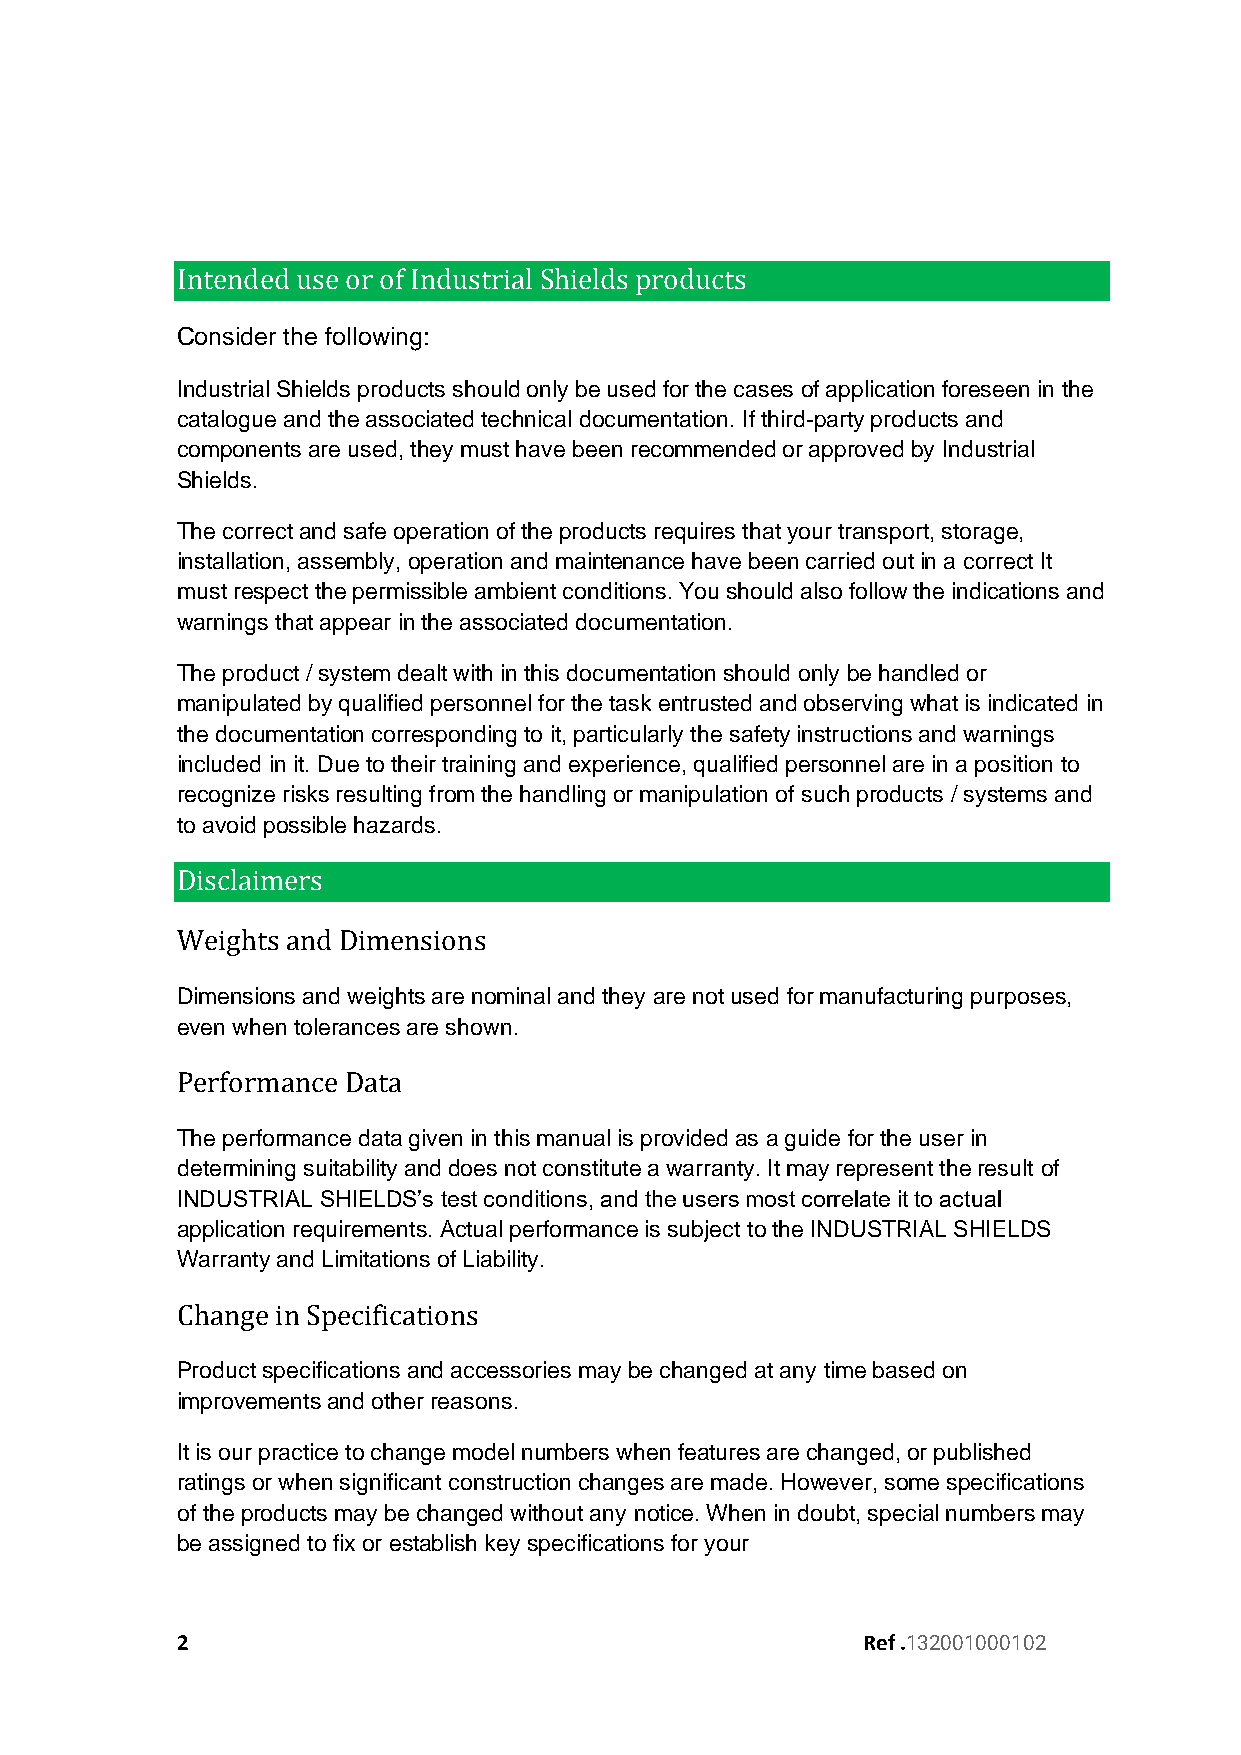
Intended use or of Industrial Shields products
 Consider the following:
 Industrial Shields products should only be used for the cases of application foreseen in the
 catalogue and the associated technical documentation. If third-party products and
 components are used, they must have been recommended or approved by Industrial
 Shields.
 The correct and safe operation of the products requires that your transport, storage,
 installation, assembly, operation and maintenance have been carried out in a correct It
 must respect the permissible ambient conditions. You should also follow the indications and
 warnings that appear in the associated documentation.
 The product / system dealt with in this documentation should only be handled or
 manipulated by qualified personnel for the task entrusted and observing what is indicated in
 the documentation corresponding to it, particularly the safety instructions and warnings
 included in it. Due to their training and experience, qualified personnel are in a position to
 recognize risks resulting from the handling or manipulation of such products / systems and
 to avoid possible hazards.
 Disclaimers
 Weights and Dimensions
 Dimensions and weights are nominal and they are not used for manufacturing purposes,
 even when tolerances are shown.
 Performance Data
 The performance data given in this manual is provided as a guide for the user in
 determining suitability and does not constitute a warranty. It may represent the result of
 INDUSTRIAL SHIELDS’s test conditions, and the users most correlate it to actual
 application requirements. Actual performance is subject to the INDUSTRIAL SHIELDS
 Warranty and Limitations of Liability.
 Change in Specifications
 Product specifications and accessories may be changed at any time based on
 improvements and other reasons.
 It is our practice to change model numbers when features are changed, or published
 ratings or when significant construction changes are made. However, some specifications
 of the products may be changed without any notice. When in doubt, special numbers may
 be assigned to fix or establish key specifications for your
 2                                            Ref .132001000102